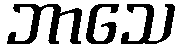
ဘာသေ